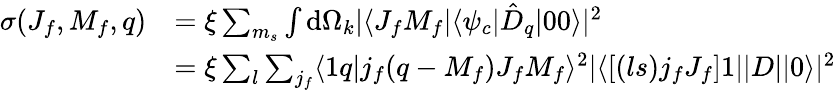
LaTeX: \begin{array}{rl}{\sigma(J_{f},M_{f},q)}&{=\xi\sum_{m_{s}}\int\mathrm{d}\Omega_{k}|\langle J_{f}M_{f}|\langle\psi_{c}|\hat{D}_{q}|00\rangle|^{2}}\\ &{=\xi\sum_{l}\sum_{j_{f}}\langle 1q|j_{f}(q-M_{f})J_{f}M_{f}\rangle^{2}|\langle\left[(ls)j_{f}J_{f}\right]1||D||0\rangle|^{2}}\end{array}